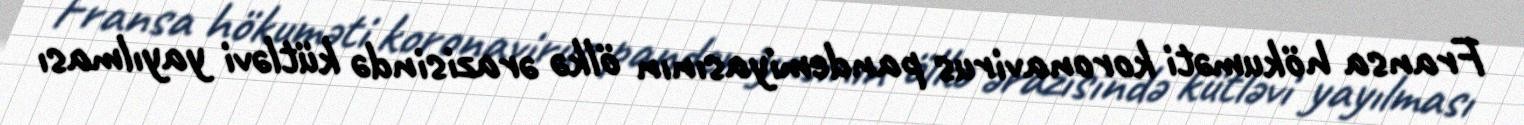
Fransa hökuməti koronavirus pandemiyasının ölkə ərazisində kütləvi yayılması